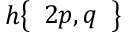
h { \left\{ \begin{array} { l } { 2 p , q } \end{array} \right\} }